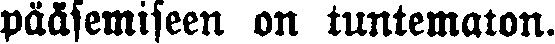
pääsemiseen on tuntematon.